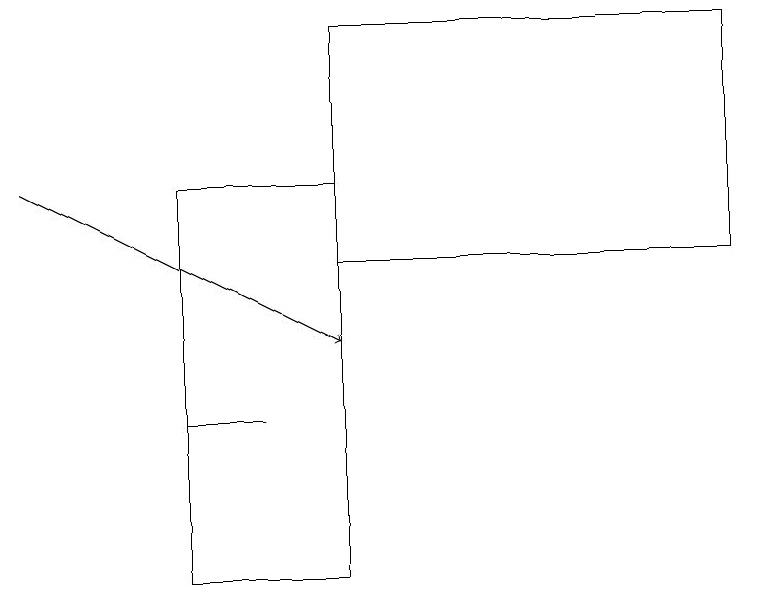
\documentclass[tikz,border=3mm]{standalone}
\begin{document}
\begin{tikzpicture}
\draw[->] (0,16) -- (4,14);
\draw (2,11) rectangle (4,16);
\draw (2,13) rectangle (3,13);
\draw (9,18) rectangle (4,15);
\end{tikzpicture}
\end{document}